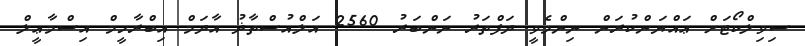
ސިވިލްކޯޓަށް ޢައްޔަންކުރަން ނިންމެވީ ދަފްތަރު ނަންބަރު 2560 އަލްއުސްތާޛު އާދަމް އިބްރާހީމް އިސްމާޢީލް